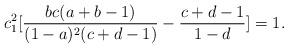
LaTeX: \begin{align*}c^2_1[\frac{bc(a+b-1)}{(1-a)^2(c+d-1)}-\frac{c+d-1}{1-d}]=1.\end{align*}